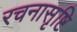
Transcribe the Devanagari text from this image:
रचनासृष्टि